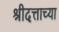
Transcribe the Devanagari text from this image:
श्रीदत्ताच्या